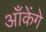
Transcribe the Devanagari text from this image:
आँकेंगे